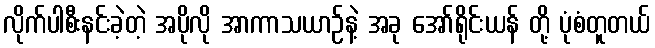
လိုက်ပါစီးနင်းခဲ့တဲ့ အပိုလို အာကာသယာဉ်နဲ့ အခု အော်ရိုင်းယန် တို့ ပုံစံတူတယ်